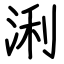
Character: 浰